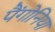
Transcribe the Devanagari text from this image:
पैंगोनिया